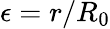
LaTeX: \epsilon=r/R_{0}